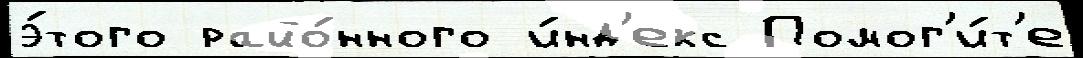
э́того райо́нного и́нд'екс Помог'и́т'е